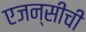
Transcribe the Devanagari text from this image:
एजन्सीची